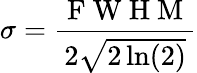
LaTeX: \sigma=\frac{\mathrm{~F~W~H~M~}}{2\sqrt{2\ln(2)}}